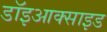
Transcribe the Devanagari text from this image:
डॉइआक्साइड